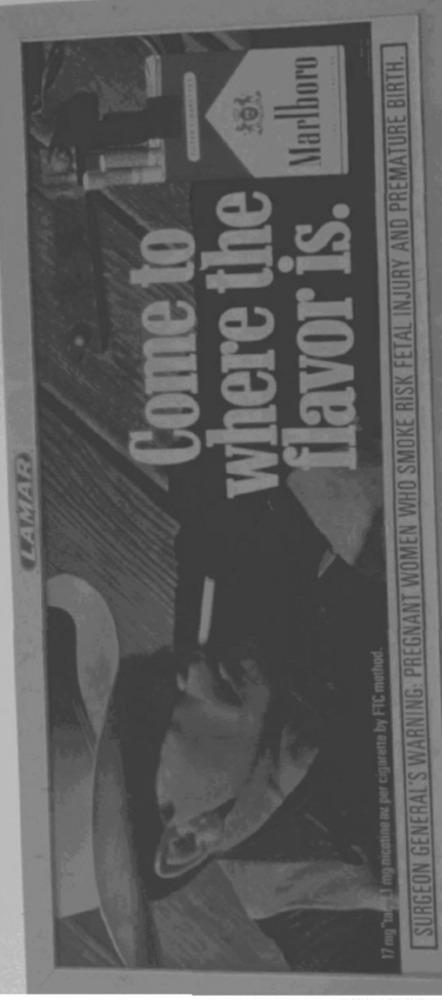
Marlboro
SURGEON GENERAL'S WARNING: PREGNANT WOMEN WHO SMOKE RISK FETAL INJURY AND PREMATURE BIRTH.
where the
flavor is.
Come to
LAMAR
17 mg"taged) mg nicotine av per cigarette by FTC method.